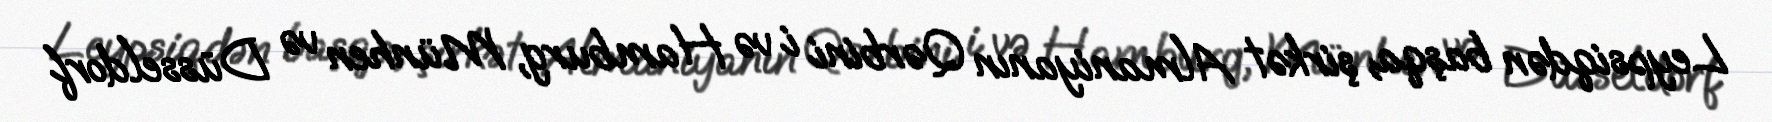
Leypsiqdən başqa, şirkət Almaniyanın Qərbini i və Hamburg, Münhen və Düsseldorf